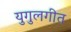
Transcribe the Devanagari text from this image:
युगुलगीत